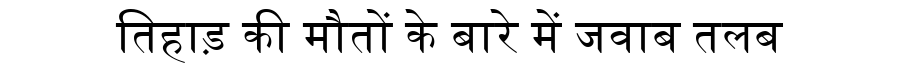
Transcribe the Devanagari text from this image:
तिहाड़ की मौतों के बारे में जवाब तलब